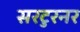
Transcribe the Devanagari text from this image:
सरटुरनर